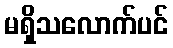
မရှိသလောက်ပင်